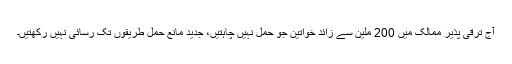
آج ترقی پذیر ممالک میں 200 ملین سے زائد خواتین جو حمل نہیں چاہتیں، جدید مانع حمل طریقوں تک رسائی نہیں رکھتیں۔